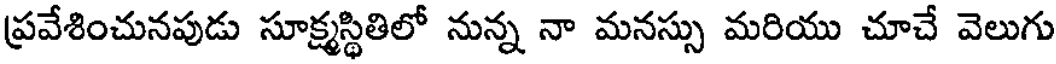
ప్రవేశించునపుడు సూక్ష్మస్థితిలో నున్న నా మనస్సు మరియు చూచే వెలుగు